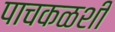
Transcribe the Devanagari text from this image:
पाचकळशी